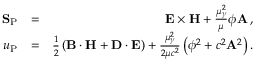
\begin{array} { r l r } { { \bf S } _ { \mathrm { P } } } & { = } & { { \bf E } \times { \bf H } + \frac { \mu _ { \gamma } ^ { 2 } } { \mu } \phi { \bf A } \, , } \\ { u _ { \mathrm { P } } } & { = } & { \frac { 1 } { 2 } \left( { \bf B } \cdot { \bf H } + { \bf D } \cdot { \bf E } \right) + \frac { \mu _ { \gamma } ^ { 2 } } { 2 \mu c ^ { 2 } } \left( \phi ^ { 2 } + c ^ { 2 } { \bf A } ^ { 2 } \right) . } \end{array}